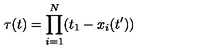
\tau ( t ) = \prod _ { i = 1 } ^ { N } ( t _ { 1 } - x _ { i } ( t ^ { \prime } ) )